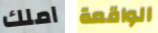
املك الواقعة